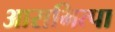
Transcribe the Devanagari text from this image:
आराभित्पा